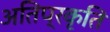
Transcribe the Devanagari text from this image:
अतिप्रकृति